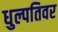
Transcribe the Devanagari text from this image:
धुल्पतिवर